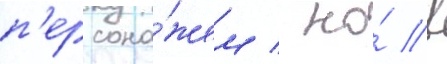
п'ерсона́жем / но́ в